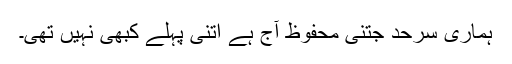
ہماری سرحد جتنی محفوظ آج ہے اتنی پہلے کبھی نہیں تھی۔